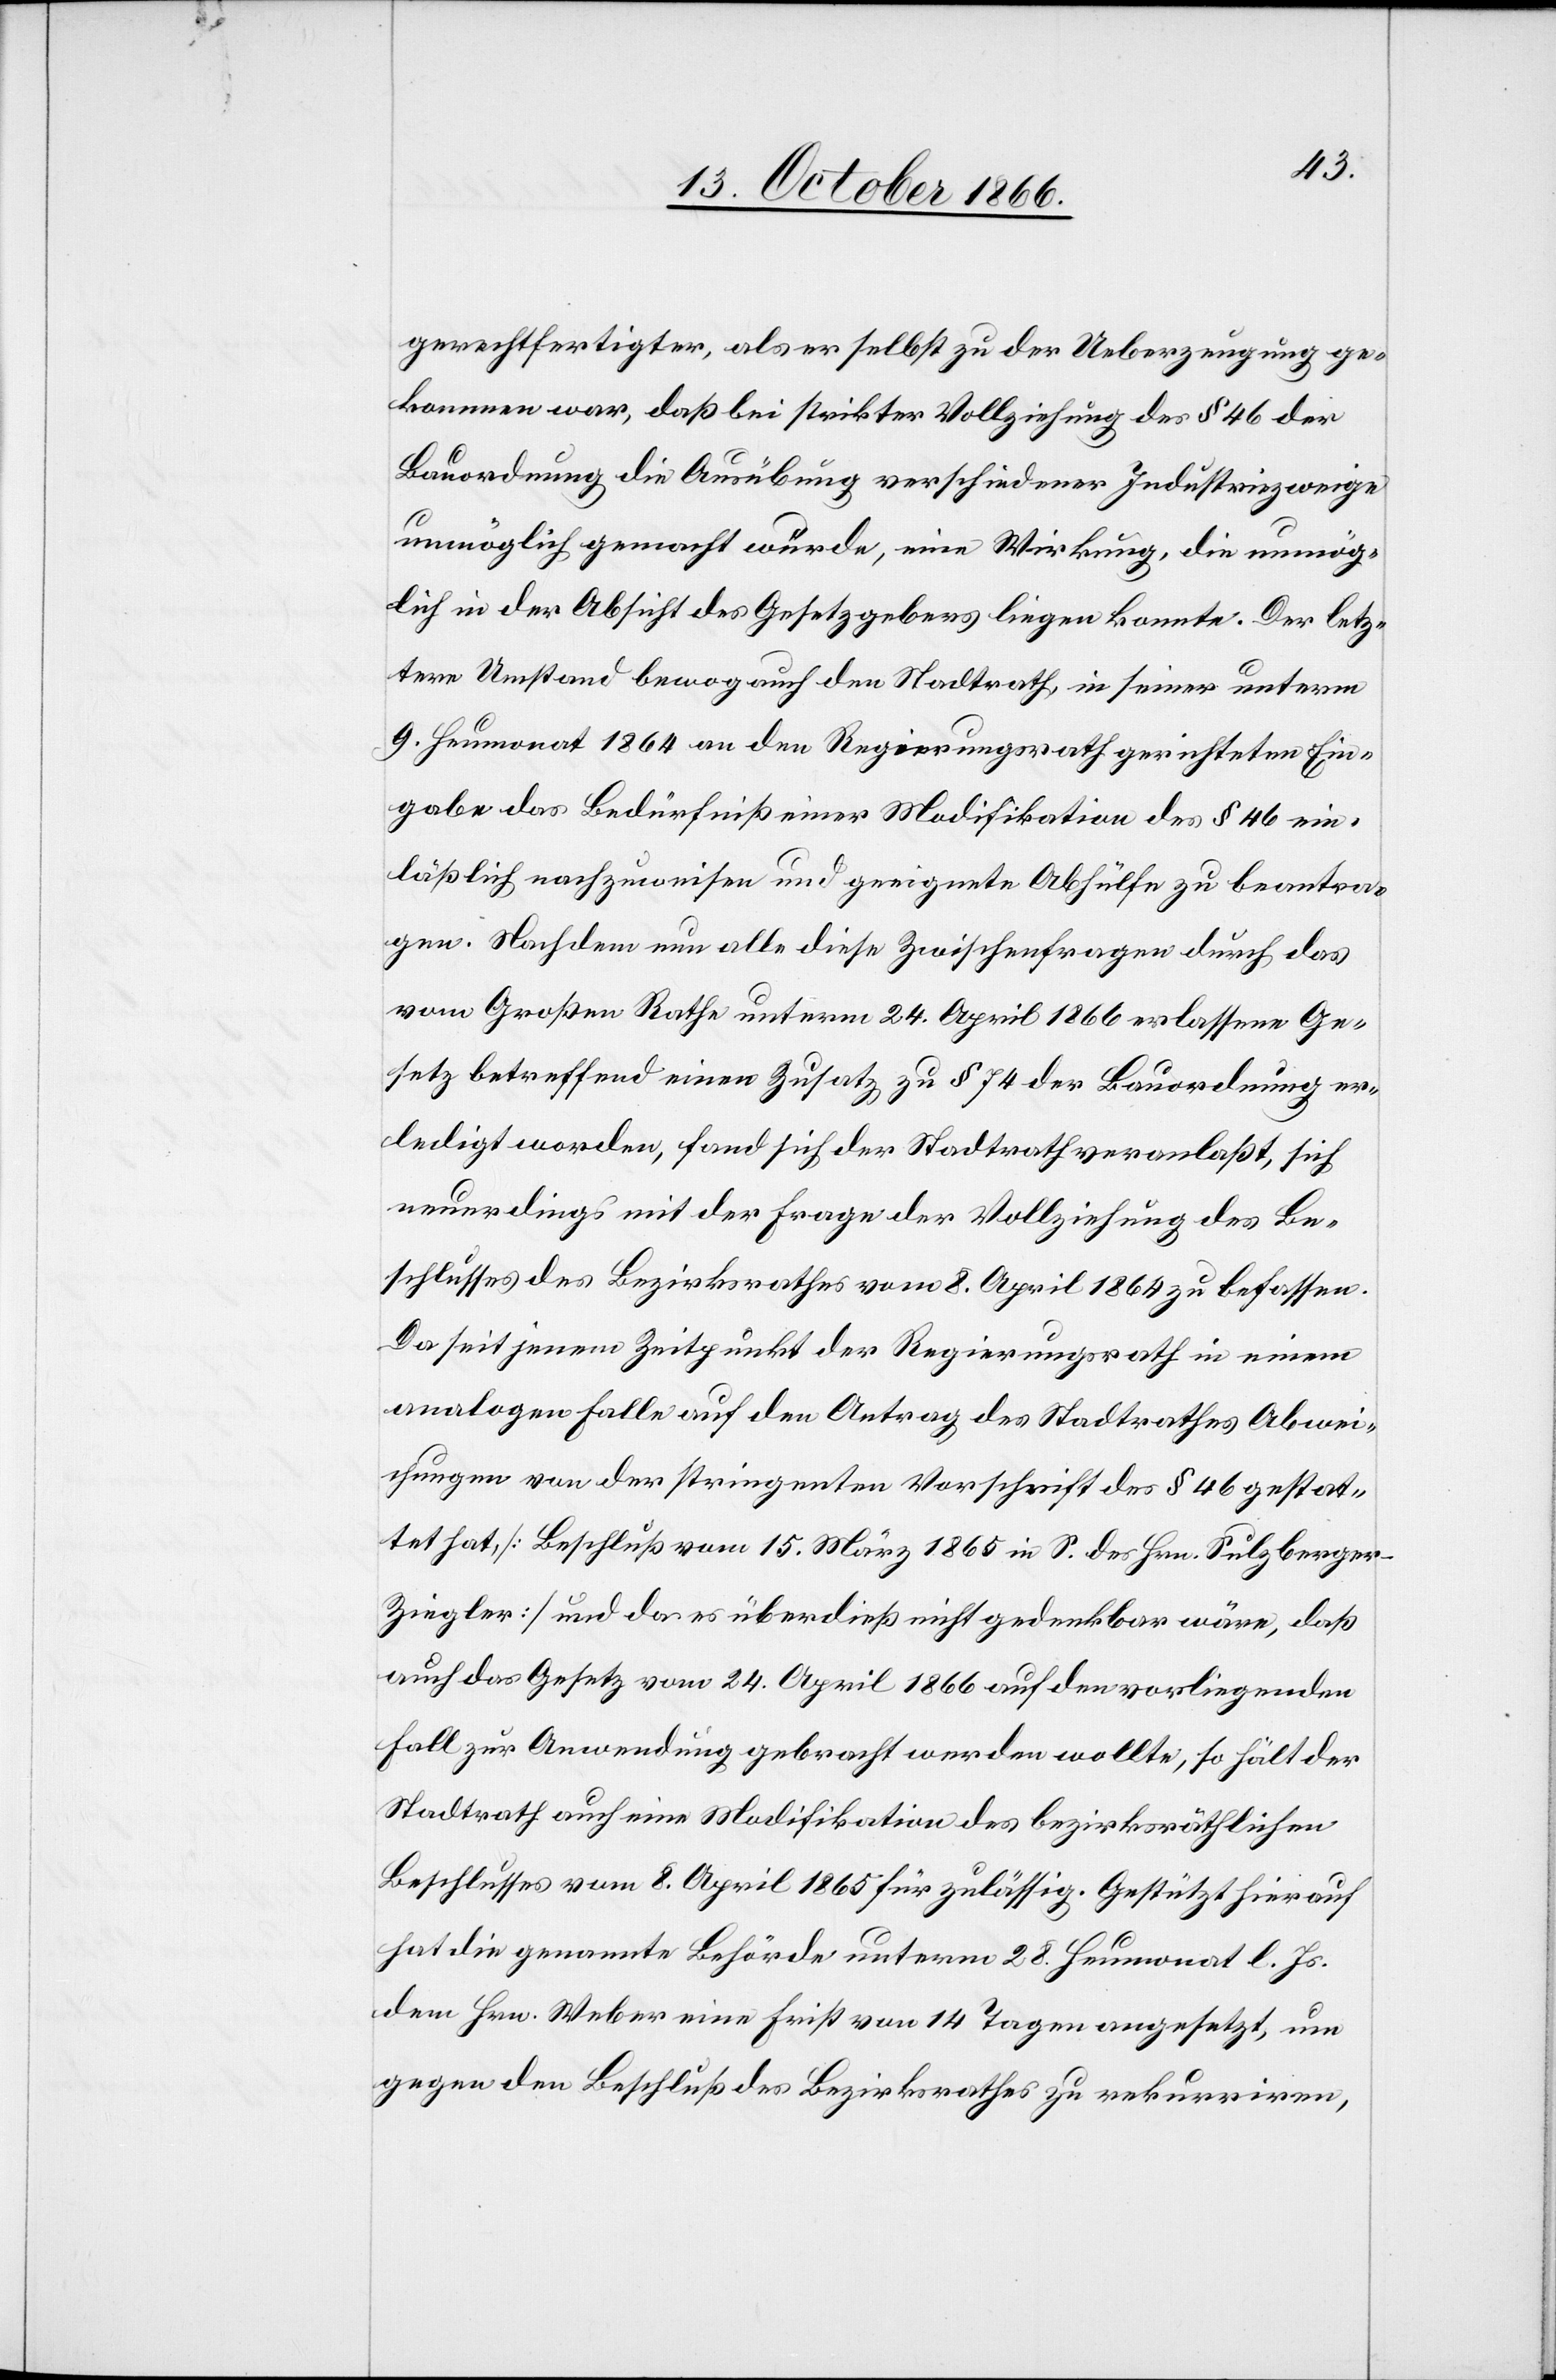
gerechtfertigter, als er selbst zu der Ueberzeugung ge¬
kommen war, daß bei strikter Vollziehung des § 46 der
Bauordnung die Ausübung verschiedener Industriezweige
unmöglich gemacht würde, eine Wirkung, die unmög¬
lich in der Absicht des Gesetzgebers liegen konnte. Der letz¬
tere Umstand bewog auch den Stadtrath, in seiner unterm
9. Heumonat 1864 an den Regierungsrath gerichteten Ein¬
gabe das Bedürfniß einer Modifikation des § 46 ein¬
läßlich nachzuweisen und geeignete Abhülfe zu beantra¬
gen. Nachdem nun alle diese Zwischenfragen durch das
vom Großen Rathe unterm 24. April 1866 erlassene Ge¬
setz betreffend einen Zusatz zu § 74 der Bauordnung er¬
ledigt worden, fand sich der Stadtrath veranlaßt, sich
neuerdings mit der Frage der Vollziehung des Be¬
schlusses des Bezirksrathes vom 8. April 1864 zu befassen.
Da seit jenem Zeitpunkt der Regierungsrath in einem
analogen Falle auf den Antrag des Stadtrathes Abwei¬
chungen von der stringenten Vorschrift des § 46 gestat¬
tet hat, [Beschluß vom 15. März 1865 in S. des Hrn. Sulzberge¬
r-Ziegler] und da es überdieß nicht gedenkbar wäre, daß
auch das Gesetz vom 24. April 1866 auf den vorliegenden
Fall zur Anwendung gebracht werden wollte, so hält der
Stadtrath auch eine Modifikation des bezirksräthlichen
Beschlusses vom 8. April 1865 für zulässig. Gestützt hierauf
hat die genannte Behörde unterm 28. Heumonat l. Js.
dem Hrn. Weber eine Frist von 14 Tagen angesetzt, um
gegen den Beschluß des Bezirksrathes zu rekurriren,